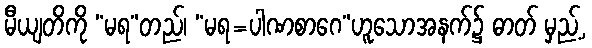
မီယျတိကို “မရ”တည်၊ “မရ=ပါဏစာဂေ”ဟူသောအနက်၌ ဓာတ် မှည့်,